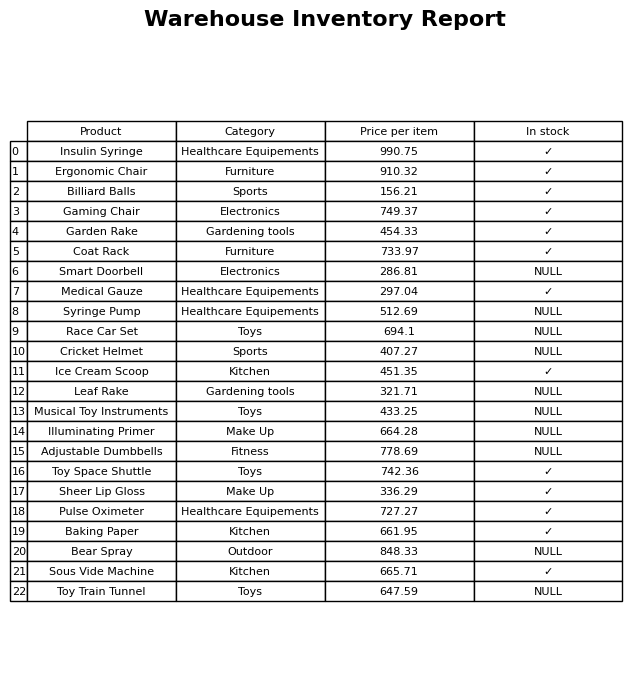
question: Is the Sheer Lip Gloss in stock?
answer: ✓